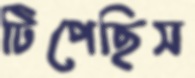
টিপেছিস